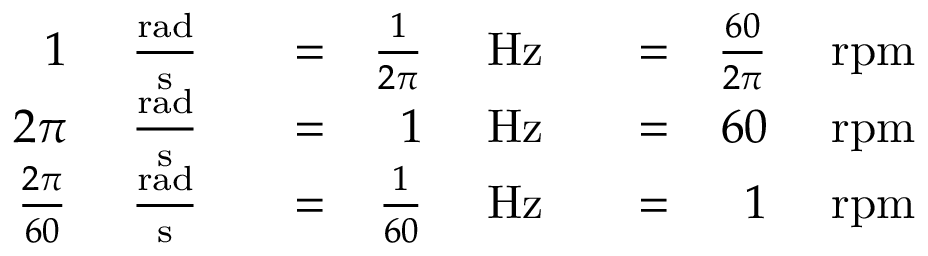
{ \begin{array} { r l r l r l r l r l } { 1 ~ } & { { \frac { \mathrm { r a d } } { \mathrm { s } } } } & & { = } & { { \frac { 1 } { 2 \pi } } ~ } & { { \mathrm { H z } } } & & { = } & { { \frac { 6 0 } { 2 \pi } } ~ } & { { \mathrm { r p m } } } \\ { 2 \pi ~ } & { { \frac { \mathrm { r a d } } { \mathrm { s } } } } & & { = } & { 1 ~ } & { { \mathrm { H z } } } & & { = } & { 6 0 ~ } & { { \mathrm { r p m } } } \\ { { \frac { 2 \pi } { 6 0 } } ~ } & { { \frac { \mathrm { r a d } } { \mathrm { s } } } } & & { = } & { { \frac { 1 } { 6 0 } } ~ } & { { \mathrm { H z } } } & & { = } & { 1 ~ } & { { \mathrm { r p m } } } \end{array} }